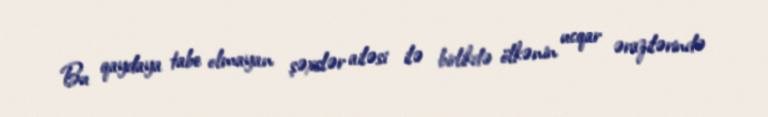
Bu qaydaya tabe olmayan şəxslər ailəsi ilə birlikdə ölkənin ucqar ərazilərində